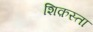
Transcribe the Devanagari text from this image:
शिक़स्ता